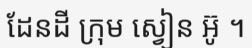
ដែនដី ក្រុម ស្វៀន អ៊ូ ។